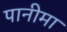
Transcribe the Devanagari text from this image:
पानीमा